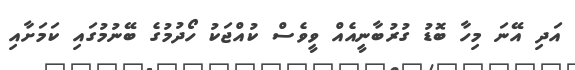
އަދި އޭނަ މިހާ ބޮޑު ގުރުބާނީއެއް ވީވެސް ކުއްޖަކު ހޯދުމުގެ ބޭނުމުގައި ކަމަށާއި